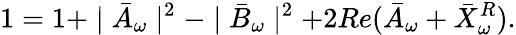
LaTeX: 1=1+\mid\bar{A}_{\omega}\mid^{2}-\mid\bar{B}_{\omega}\mid^{2}+2Re(\bar{A}_{\omega}+\bar{X}_{\omega}^{R}).